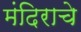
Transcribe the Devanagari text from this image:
मंदिराचे